Vaccination in Bombay 1869-1873 - 1869-1873
Year: 1869
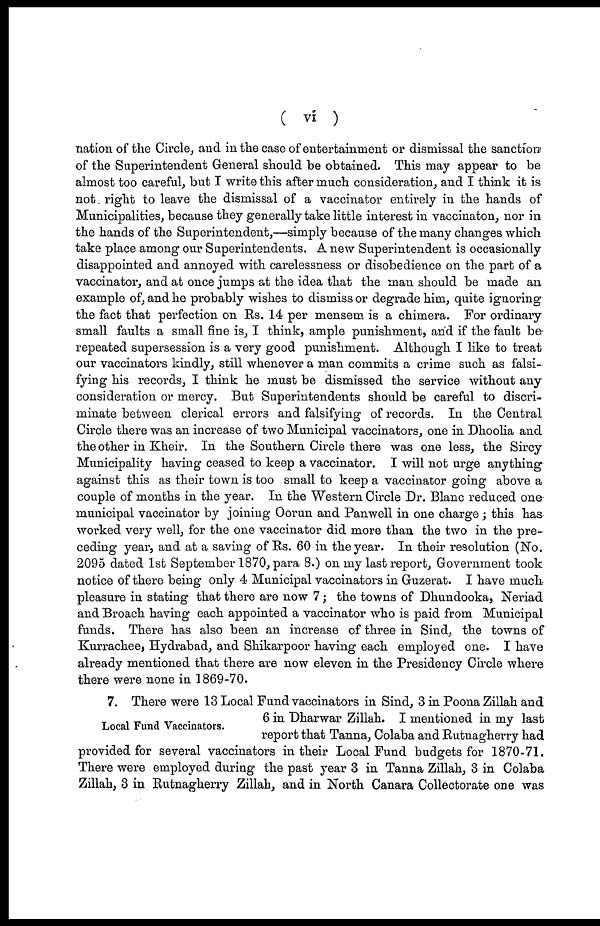
( vi )
nation of the Circle, and in the case of entertainment or dismissal the sanction
of the Superintendent General should be obtained. This may appear to be
almost too careful, but I write this after much consideration, and I think it is
not right to leave the dismissal of a vaccinator entirely in the hands of
Municipalities, because they generally take little interest in vaccinaton, nor in
the hands of the Superintendent,—simply because of the many changes which
take place among our Superintendents. A new Superintendent is occasionally
disappointed and annoyed with carelessness or disobedience on the part of a
vaccinator, and at once jumps at the idea that the man should be made an
example of, and he probably wishes to dismiss or degrade him, quite ignoring
the fact that perfection on Rs. 14 per mensem is a chimera. For ordinary
small faults a small fine is, I think, ample punishment, and if the fault be
repeated supersession is a very good punishment. Although I like to treat
our vaccinators kindly, still whenever a man commits a crime such as falsi-
fying his records, I think he must be dismissed the service without any
consideration or mercy. But Superintendents should be careful to discri-
minate between clerical errors and falsifying of records. In the Central
Circle there was an increase of two Municipal vaccinators, one in Dhoolia and
the other in Kheir. In the Southern Circle there was one less, the Sircy
Municipality having ceased to keep a vaccinator. I will not urge anything
against this as their town is too small to keep a vaccinator going above a
couple of months in the year. In the Western Circle Dr. Blanc reduced one
municipal vaccinator by joining Oorun and Panwell in one charge; this has
worked very well, for the one vaccinator did more than the two in the pre-
ceding year, and at a saving of Rs. 60 in the year. In their resolution (No.
2095 dated 1st September 1870, para 8.) on my last report, Government took
notice of there being only 4 Municipal vaccinators in Guzerat. I have much
pleasure in stating that there are now 7; the towns of Dhundooka, Neriad
and Broach having each appointed a vaccinator who is paid from Municipal
funds. There has also been an increase of three in Sind, the towns of
Kurrachee, Hydrabad, and Shikarpoor having each employed one. I have
already mentioned that there are now eleven in the Presidency Circle where
there were none in 1869-70.
Local Fund Vaccinators.
7. There were 13 Local Fund vaccinators in Sind, 3 in Poona Zillah and
6 in Dharwar Zillah. I mentioned in my last
report that Tanna, Colaba and Rutnagherry had
provided for several vaccinators in their Local Fund budgets for 1870-71.
There were employed during the past year 3 in Tanna Zillah, 3 in Colaba
Zillah, 3 in Rutnagherry Zillah, and in North Canara Collectorate one was